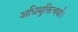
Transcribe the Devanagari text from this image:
अधिमुक्तिचर्या।